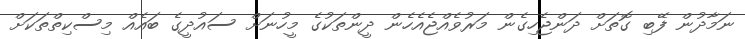
ނަމާދުން ފޭބި ގޮތަށް ދަންޖެހިގެން މަރުވެއްޖެއެހެން ދީންތަކުގެ މީހުނަށް ސައުދީގެ ބައެއް މިސްކިތްތަކަށް